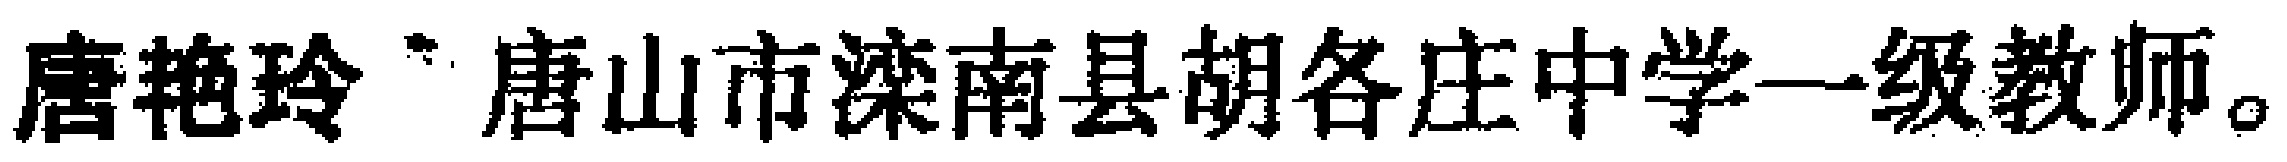
唐艳玲 唐山市滦南县胡各庄中学一级教师。